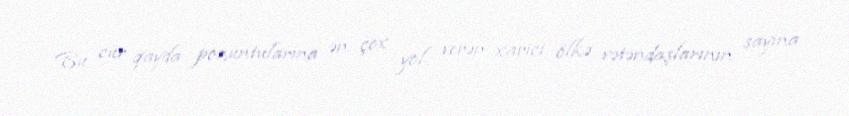
Bu cür qayda pozuntularına ən çox yol verən xarici ölkə vətəndaşlarının sayına